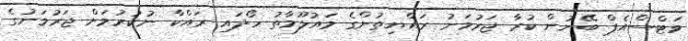
ވަޓްސްއެޕް ބޭނުން ކުރާ ޖަރުމަނު ރައްޔިތުންގެ މައުލޫމާތު ހޯދައި ރައްކާ ނުކުރުމަށް ޖަރުމަނުގެ